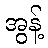
အွန့်